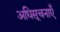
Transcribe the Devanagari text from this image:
अधिसूचनाएँ